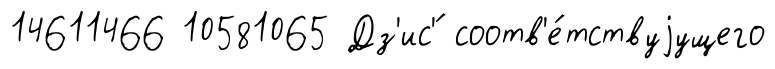
14611466 10581065 Дз'ис'́ соотв'е́тствуjущего